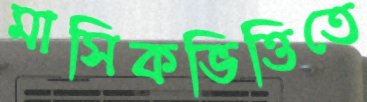
মাসিকভিত্তিতে